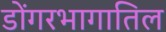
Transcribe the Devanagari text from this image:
डोंगरभागातिल